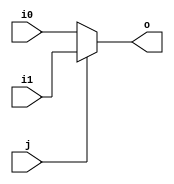
module mux2 (input wire i0, i1, j, output wire o);
  assign o = (j==0)?i0:i1;
endmodule

module mux4 (input wire [0:3] i, input wire j1, j0, output wire o);
  wire  t0, t1;
  
	mux2 m1(i[0], i[1], j0, t0);
	mux2 m2(i[2], i[3], j0, t1);

	mux2 m3(t0, t1, j1, o);

endmodule